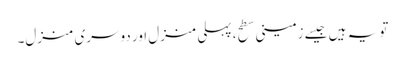
تو یہ ہیں جیسے زمینی سطح، پہلی منزل اور دوسری منزل۔